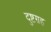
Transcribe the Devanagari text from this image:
दुष्टग्रह